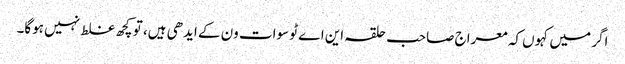
اگر میں کہوں کہ معراج صاحب حلقہ این اے ٹو سوات ون کے ایدھی ہیں، تو کچھ غلط نہیں ہوگا۔